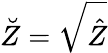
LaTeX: \breve{Z}=\sqrt{\hat{Z}}